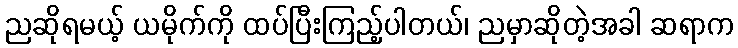
ညဆိုရမယ့် ယမိုက်ကို ထပ်ပြီးကြည့်ပါတယ်၊ ညမှာဆိုတဲ့အခါ ဆရာက